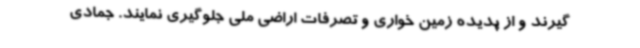
گیرند و از پدیده زمین خواری و تصرفات اراضی ملی جلوگیری نمایند. جمادی